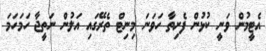
އެޓީމުން ވަނީ ކުޅުން ފެށިތާ ހަވަނަ މިނިޓް ތެރޭގައި އަލުން ނަތީޖާ ހަމަހަމަ